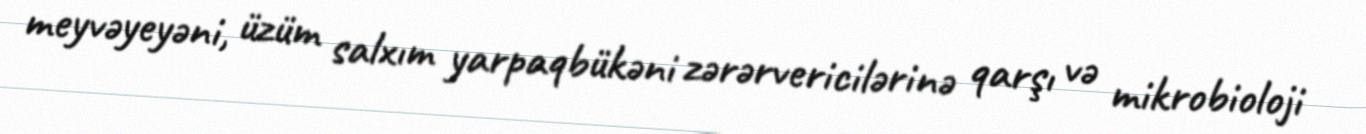
meyvəyeyəni, üzüm salxım yarpaqbükəni zərərvericilərinə qarşı və mikrobioloji